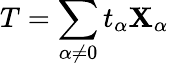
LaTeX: T=\sum_{\alpha\neq0}t_{\alpha}\mathbf{X}_{\alpha}